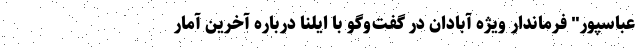
عباسپور" فرماندار ویژه آبادان در گفت‌وگو با ایلنا درباره آخرین آمار